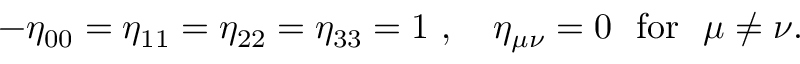
- \eta _ { 0 0 } = \eta _ { 1 1 } = \eta _ { 2 2 } = \eta _ { 3 3 } = 1 ~ , ~ ~ ~ \eta _ { \mu \nu } = 0 ~ ~ \mathrm { f o r } ~ ~ \mu \neq \nu .